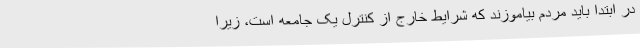
در ابتدا باید مردم بیاموزند که شرایط خارج از کنترل یک جامعه است، زیرا